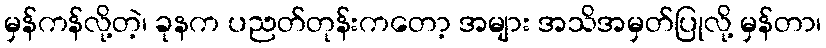
မှန်ကန်လို့တဲ့၊ ခုနက ပညတ်တုန်းကတော့ အများ အသိအမှတ်ပြုလို့ မှန်တာ၊